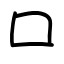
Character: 口